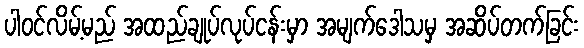
ပါဝင်လိမ့်မည် အထည်ချုပ်လုပ်ငန်းမှာ အမျက်ဒေါသမှ အဆိပ်တက်ခြင်း